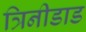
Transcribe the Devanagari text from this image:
त्रिनीडाड